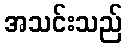
အသင်းသည်